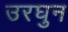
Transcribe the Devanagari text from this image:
उरघुन